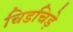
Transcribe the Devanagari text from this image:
चिडचिड़े